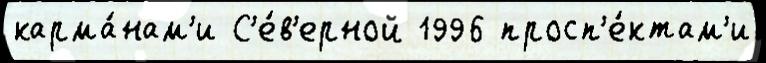
карма́нам'и С'е́в'ерной 1996 просп'е́ктам'и